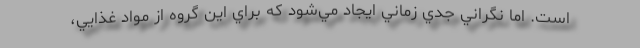
است. اما نگراني جدي زماني ايجاد مي‌شود كه براي اين گروه از مواد غذايي،